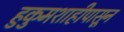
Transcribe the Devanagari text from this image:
हुकुमशाहीपासून